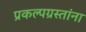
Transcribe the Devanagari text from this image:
प्रकल्पग्रस्तांना